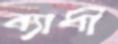
ব্যাধী